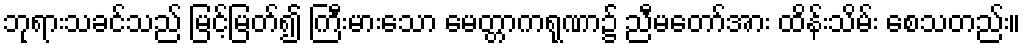
ဘုရားသခင်သည် မြင့်မြတ်၍ ကြီးမားသော မေတ္တာကရုဏာ၌ ညီမတော်အား ထိန်းသိမ်း စေသတည်း။